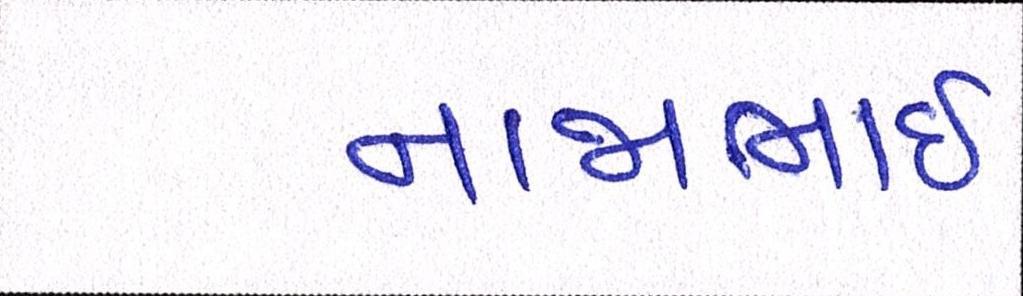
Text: નાજાભાઇ